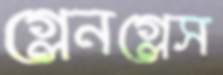
গ্লেনগ্লেস